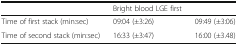
<table><thead><tr><td>[EMPTY_CELL]</td><td><b>Bright blood LGE first</b></td><td>[EMPTY_CELL]</td></tr></thead><tbody><tr><td>Time of first stack (min:sec)</td><td>09:04 (±3:26)</td><td>09:49 (±3:06)</td></tr><tr><td>Time of second stack (min:sec)</td><td>16:33 (±3:47)</td><td>16:00 (±3.48)</td></tr></tbody></table>